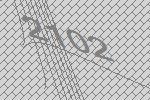
2102